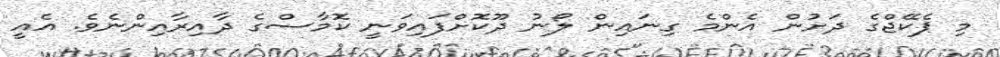
މި ޕެކޭޖްގެ ދަށުން އެންމެ ގިނައިން ލޯނު ދޫކޮށްފައިވަނީ ކޮމާސްގެ ދާއިރާއިންނެވެ. އެއީ